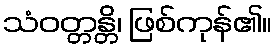
သံဝတ္တန္တိ၊ ဖြစ်ကုန်၏။